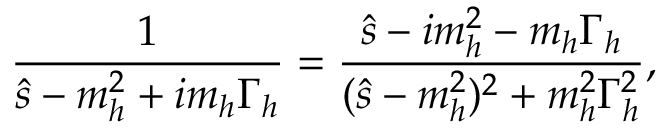
\frac { 1 } { \hat { s } - m _ { h } ^ { 2 } + i m _ { h } \Gamma _ { h } } = \frac { \hat { s } - i m _ { h } ^ { 2 } - m _ { h } \Gamma _ { h } } { ( \hat { s } - m _ { h } ^ { 2 } ) ^ { 2 } + m _ { h } ^ { 2 } \Gamma _ { h } ^ { 2 } } , \,